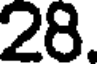
28.